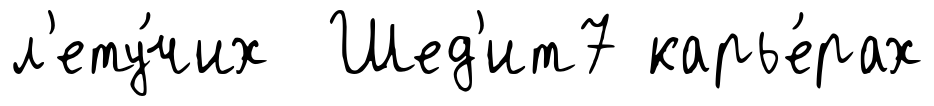
л'ету́чих Шед'ит7 карье́рах